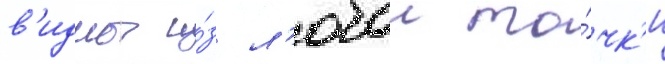
в'идны и́з л'юбои то́чк'и